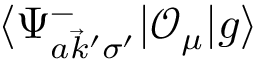
\langle \Psi _ { a \vec { k } ^ { \prime } \sigma ^ { \prime } } ^ { - } | \mathcal { O } _ { \mu } | g \rangle